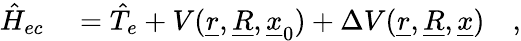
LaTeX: \begin{array}{rl}{\hat{H}_{ec}}&{{}=\hat{T}_{e}+V(\underline{{r}},\underline{{R}},\underline{{x}}_{0})+\Delta V(\underline{{r}},\underline{{R}},\underline{{x}})\quad,}\end{array}